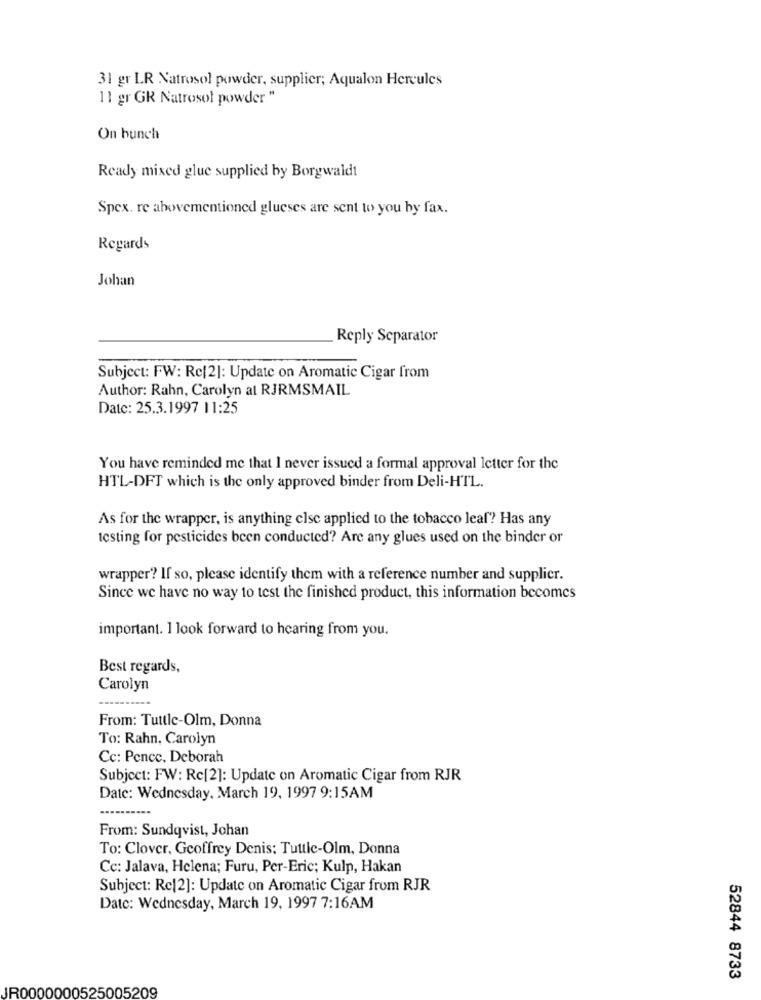
31 gr LR Natrosol powder, supplier; Aqualon Hercules
11 gr GR Natrosol powder "
On bunch
Ready mixed glue supplied by Borgwaldt
Spex. re abovementioned glueses are sent to you by fax.
Regards
Johan
Reply Separator
Subject: FW: Re[2]: Update on Aromatic Cigar from
Author: Rahn, Carolyn at RJRMSMAIL
Date: 25.3.1997 11:25
You have reminded me that I never issued a formal approval letter for the
HTL-DFT which is the only approved binder from Deli-HTL.
As for the wrapper, is anything else applied to the tobacco leaf? Has any
testing for pesticides been conducted? Are any glues used on the binder or
wrapper? If so, please identify them with a reference number and supplier.
Since we have no way to test the finished product, this information becomes
important. 1 look forward to hearing from you.
Best regards,
Carolyn
From: Tuttle-Olm, Donna
To: Rahn, Carolyn
Cc: Pence. Deborah
Subject: FW: Rc[2]: Update on Aromatic Cigar from RJR
Date: Wednesday, March 19, 1997 9:15AM
From: Sundqvist, Johan
To: Clover. Geoffrey Denis: Tuttle-Olm, Donna
Cc: Jalava, Helena; Furu, Per-Eric; Kulp, Hakan
Subject: Re[2]: Update on Aromatic Cigar from RJR
Date: Wednesday, March 19, 1997 7:16AM
52844 8733
JR0000000525005209